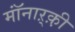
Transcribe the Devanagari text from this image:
मॉंनाऱ्क़़ी